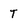
Character: T